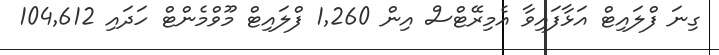
ގިނަ ފްލައިޓް އަޅާފައިވާ އެމިރޭޓްސް އިން 1